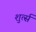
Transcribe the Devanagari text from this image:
शुर्त्स